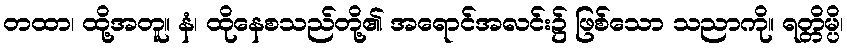
တထာ၊ ထို့အတူ။ နံ၊ ထိုနေစသည်တို့၏ အရောင်အလင်း၌ ဖြစ်သော သညာကို။ ရတ္တိမ္ပိ၊